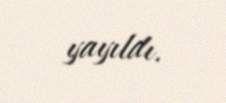
yayıldı.